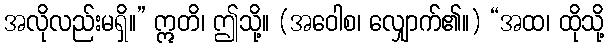
အလိုလည်းမရှိ။” ဣတိ၊ ဤသို့။ (အဝေါစ၊ လျှောက်၏။) “အထ၊ ထိုသို့